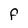
Character: F